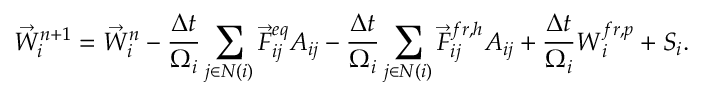
{ \vec { W } } _ { i } ^ { n + 1 } = { \vec { W } } _ { i } ^ { n } - \frac { \Delta t } { \Omega _ { i } } \sum _ { j \in N ( i ) } { \vec { F } } _ { i j } ^ { e q } { \cal A } _ { i j } - \frac { \Delta t } { \Omega _ { i } } \sum _ { j \in N ( i ) } { \vec { F } } _ { i j } ^ { f r , h } { \cal A } _ { i j } + \frac { \Delta t } { \Omega _ { i } } \boldsymbol { W } _ { i } ^ { f r , p } + \boldsymbol { S } _ { i } .